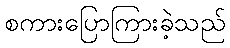
စကားပြောကြားခဲ့သည်